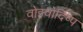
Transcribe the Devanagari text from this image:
वोइवोदिष्प